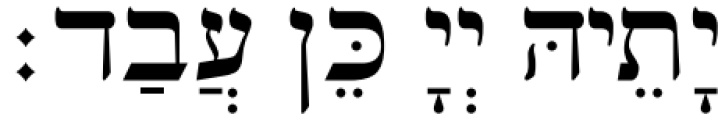
יָתֵיהּ יְיָ כֵּן עֲבַד׃